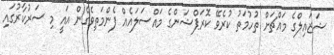
ޝަޒައިލްގެ މައްޗަށް ތުހުމަތު ކުރެވޭ ކޮރަޕްޝަންގެ މައްސަލައެއް ފެންމަތިވެގެން އައީ މި ސަރުކާރުގައި